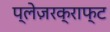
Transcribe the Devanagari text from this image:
प्लेज़रक्राफ्ट